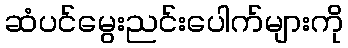
ဆံပင်မွေးညင်းပေါက်များကို